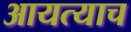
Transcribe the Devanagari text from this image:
आयत्याच